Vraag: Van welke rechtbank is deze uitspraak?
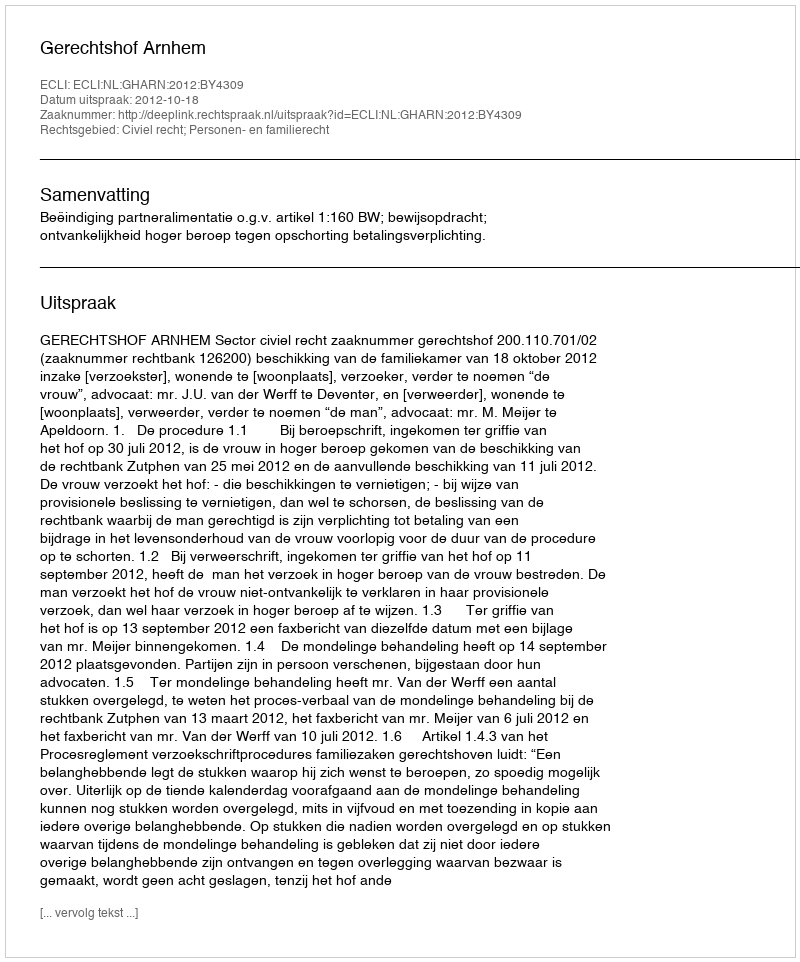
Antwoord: Gerechtshof Arnhem